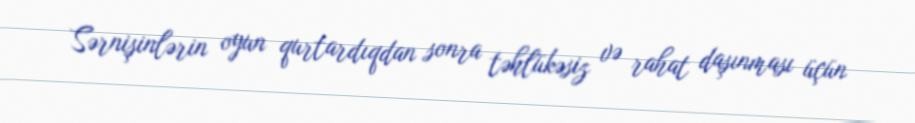
Sərnişinlərin oyun qurtardıqdan sonra təhlükəsiz və rahat daşınması üçün